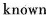
known